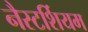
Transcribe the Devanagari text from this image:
नैस्टर्शियम